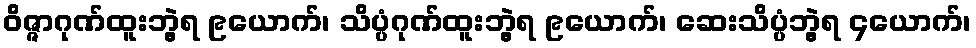
ဝိဇ္ဇာဂုဏ်ထူးဘွဲ့ရ ၉ယောက်၊ သိပ္ပံဂုဏ်ထူးဘွဲ့ရ ၉ယောက်၊ ဆေးသိပ္ပံဘွဲ့ရ ၄ယောက်၊